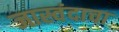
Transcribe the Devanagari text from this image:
जास्वंदाचा